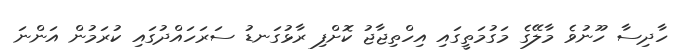
ހާދިސާ ހޫނުވެ މާލޭގެ މަގުމަތީގައި އިހްތިޖާޖު ކޮށްފި ރާޅުގަނޑު ސަރަހައްދުގައި ކުރަމުން އަންނަ